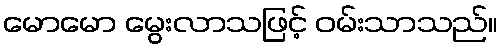
မောမော မွေးလာသဖြင့် ဝမ်းသာသည်။